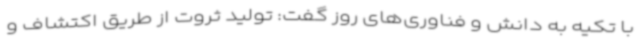
با تکیه به دانش و فناوری‌های روز گفت: تولید ثروت از طریق اکتشاف و